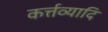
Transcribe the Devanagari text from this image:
कर्त्तव्यादि